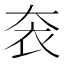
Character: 𡘚